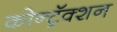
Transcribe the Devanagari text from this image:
कोन्ट्रॅक्शन